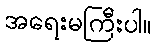
အရေးမကြီးပါ။